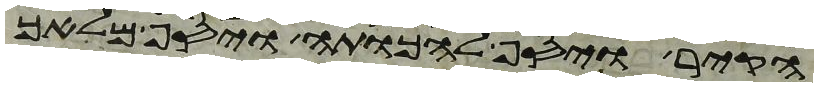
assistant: הקיר ויסף להכותה ויסף מלאך